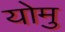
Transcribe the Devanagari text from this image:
योमु